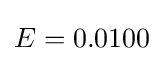
E=0.0100